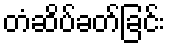
တံဆိပ်ခတ်ခြင်း